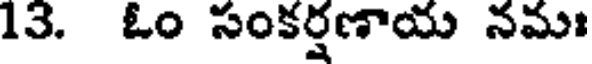
13. ఓం సంకర్షణాయ నమః